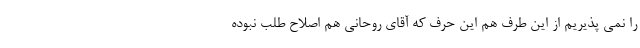
را نمی پذیریم از این طرف هم این حرف که آقای روحانی هم اصلاح طلب نبوده